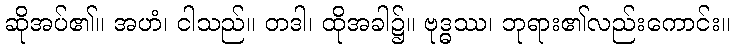
ဆိုအပ်၏။ အဟံ၊ ငါသည်။ တဒါ၊ ထိုအခါ၌။ ဗုဒ္ဓဿ၊ ဘုရား၏လည်းကောင်း။